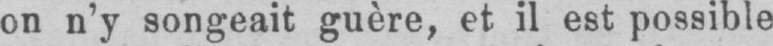
on n’y songeait guère, et il est possible